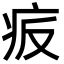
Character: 㽹